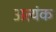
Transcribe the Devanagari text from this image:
अत्यंक